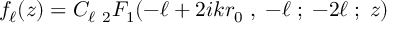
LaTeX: f _ { \ell } ( z ) = C _ { \ell } \; { } _ { 2 } F _ { 1 } ( - \ell + 2 i k r _ { 0 } \; , \; - \ell \; ; \; - 2 \ell \; ; \; z )